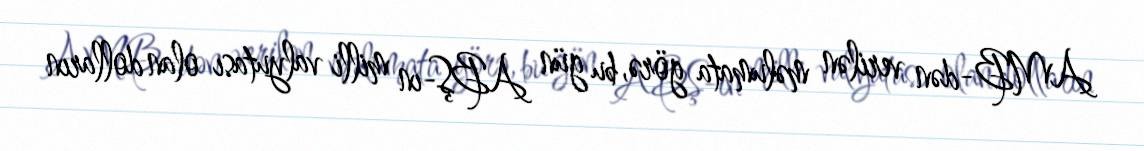
AMB-dən verilən məlumata görə, bu gün ABŞ-ın milli valyutası olan dolların